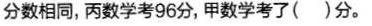
分数相同，丙数学考96分，甲数学考了( )分。